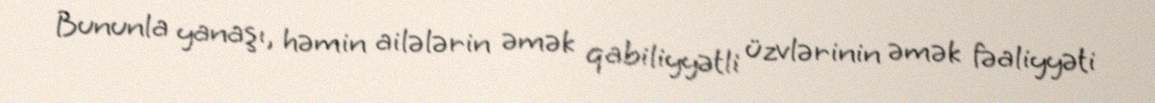
Bununla yanaşı, həmin ailələrin əmək qabiliyyətli üzvlərinin əmək fəaliyyəti